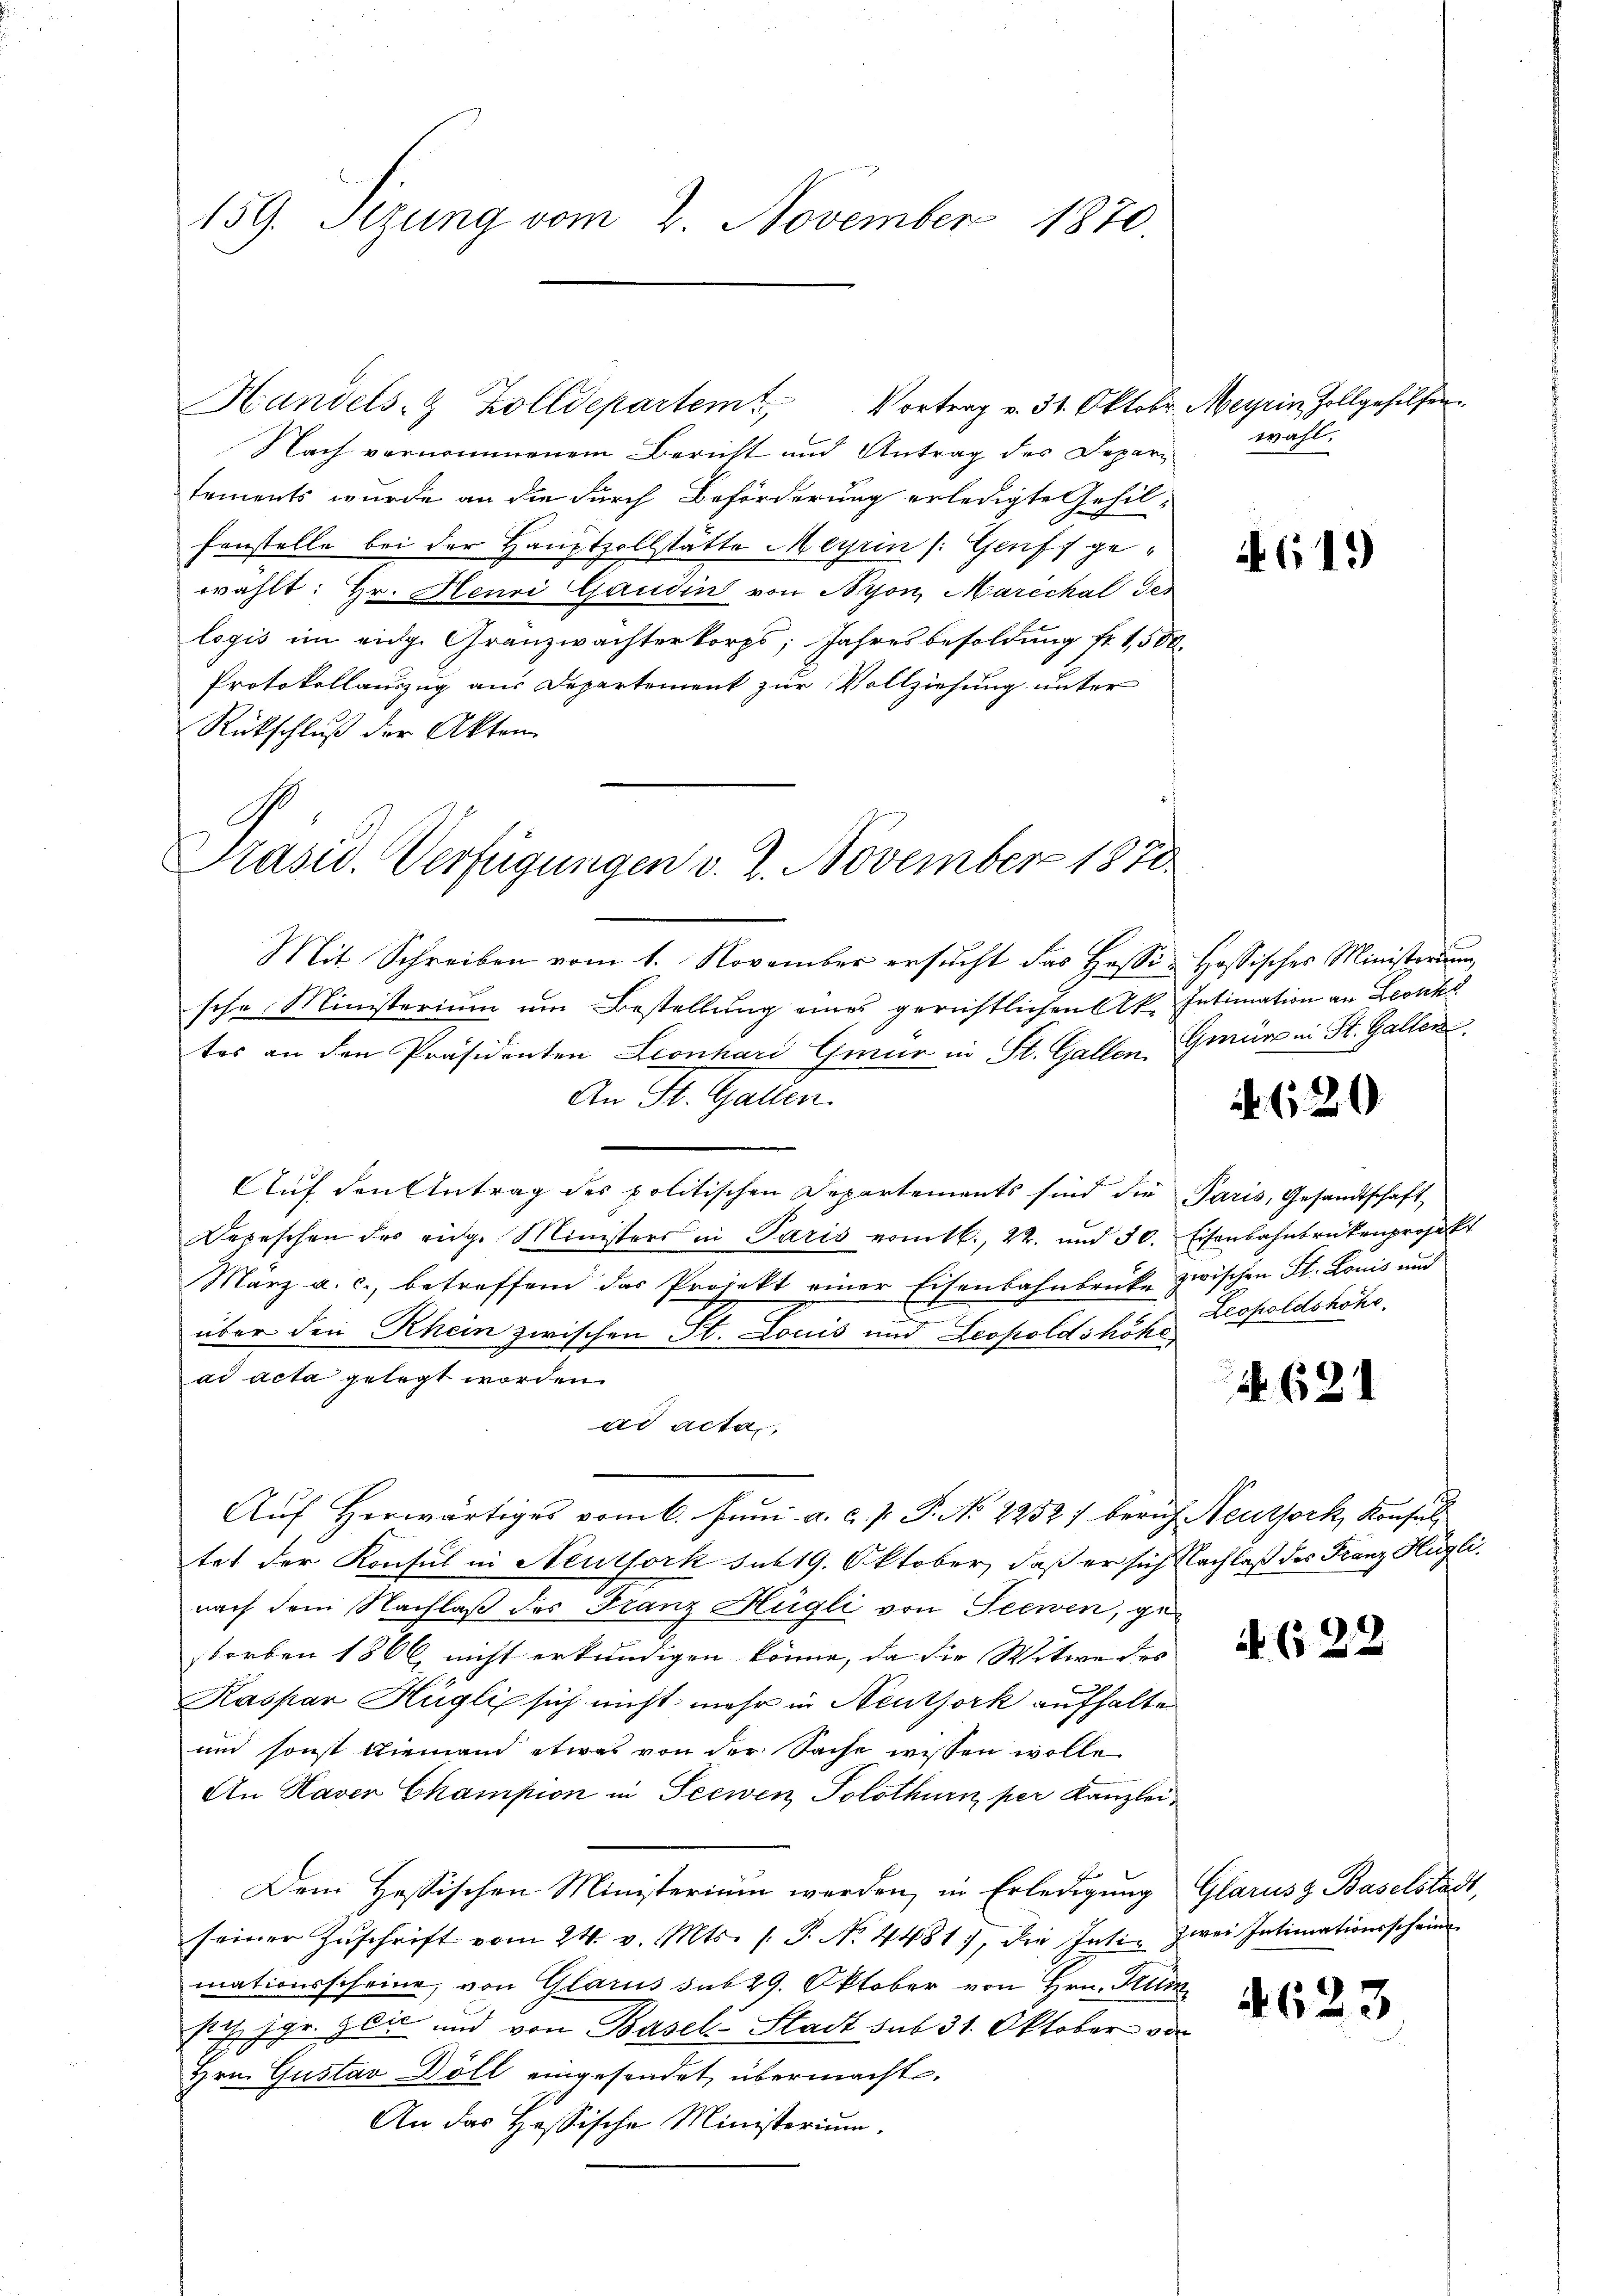
159. Sizung vom 2. November 1870.

Nach vernommenem Bericht und Antrag des Departements wurde an die durch Beförderung erledigte Gehil-
Fenstelle bei der Hauptzollstätte Meyrin (Genf gewählt: Hr. Henri Gaudin von Nyon, Mareckal des
logis im eidg. Granzwachterkorps; Jahresbesoldung fr. 1,500.
Protokollauszug aus Departement zur Vollziehung unter
Rückschluß der Akten

Handels- & Zolldepartem Vortrag v. 31. Oktober Meyrin, Zollgehilfen

Präsid. Verfügungen v. 2. November 1870

wahl.

Mit Schreiben vom 1. November ersucht das Hassi-Hossisches Ministerium
sche Ministerium um Bestellung eines gerichtlichen Ak. Intimation an Leonha
tes an den Präsidenten Leonhard Gmür in St. Gallen, Grünen St. Gallen,
An St. Gallen.
Auf den Antrag des politischen Departements sind die Paris, Gesandtschaft,
Depeschen der eige Ministers in Paris vomtl., 22. und 30. Eisenbahnbrückenprojekt
März a. c., betreffend das Projekt einer Eisenbahnbrücke zwischen St. Louis und
über den Rhein zwischen St. Louis und Leopoldshöhe
ad acta gelegt worden.
ad acta
Auf Herwärtiges vom 6. Juni a. c. P. P. No 2252) beruf Neuthork, Konsul
tet der Konsul in Neuthork sut19. Oktober, daß er sich Nachlaß des Franz Hügli
nach dem Nachlaß des Franz Hügli von Seewen, gestorben 1806 nicht erkundigen könne, da die Witwe des
Kaspar Hügli sich nicht mehr in Neuthork aufhalte
und sonst niemand etwas von der Sache wissen wolle
An Kaver Champion in Seewen, Solothurn, per Kanzlei.
Dem Hessischen Ministerium werden, in Erledigung
seiner Zŭschrift vom 24. v. Mts. s. S. No. 4481, die Inti- zwei Intimationsscheine
mationsscheine, von Glarus sub 29. Oktober von Hrn. Trüm
sich jgr. Zeit und von Basel-Stadt sub 31. Oktober von
Hrn. Gustav Döll eingesendet, übermacht.
An das Hessische Ministerium.

4619

620

Leopoldshöhe.

N. 621

N. 622

Glarus Baselstadt,

4623